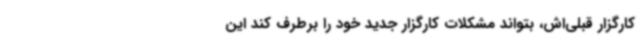
کارگزار قبلی‌اش،‌ بتواند مشکلات کارگزار جدید خود را برطرف کند این